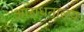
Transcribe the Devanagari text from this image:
आराधनालय